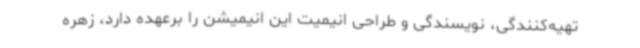
تهیه‌کنندگی، نویسندگی و طراحی انیمیت این انیمیشن را برعهده دارد، زهره